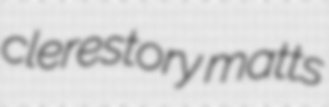
clerestory matts